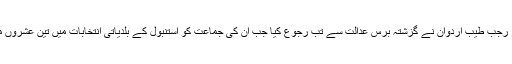
اس بارے میں ترک صدر رجب طیب اردوان نے گزشتہ برس عدالت سے تب رجوع کیا جب ان کی جماعت کو استنبول کے بلدیاتی انتخابات میں تین عشروں میں پہلی بار شکست ہوئی۔